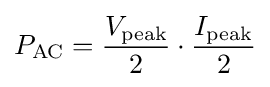
P_{\mathrm {AC} }={V_{\mathrm {peak} } \over 2}\cdot {I_{\mathrm {peak} } \over 2}